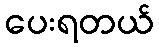
ပေးရတယ်